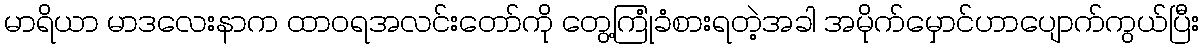
မာရိယာ မာဒလေးနာက ထာဝရအလင်းတော်ကို တွေ့ကြုံခံစားရတဲ့အခါ အမိုက်မှောင်ဟာပျောက်ကွယ်ပြီး